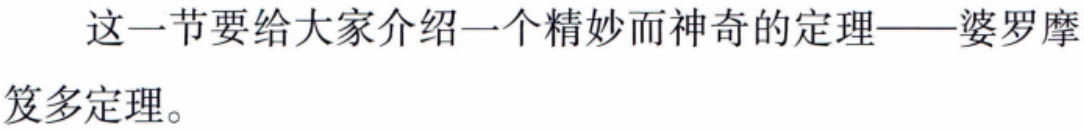
这一节要给大家介绍一个精妙而神奇的定理——婆罗摩
笈多定理。